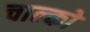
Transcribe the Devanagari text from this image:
चाल्को